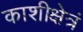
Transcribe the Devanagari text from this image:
काशीक्षेत्रं